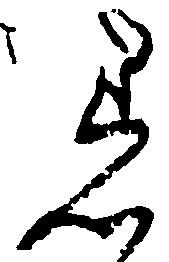
着